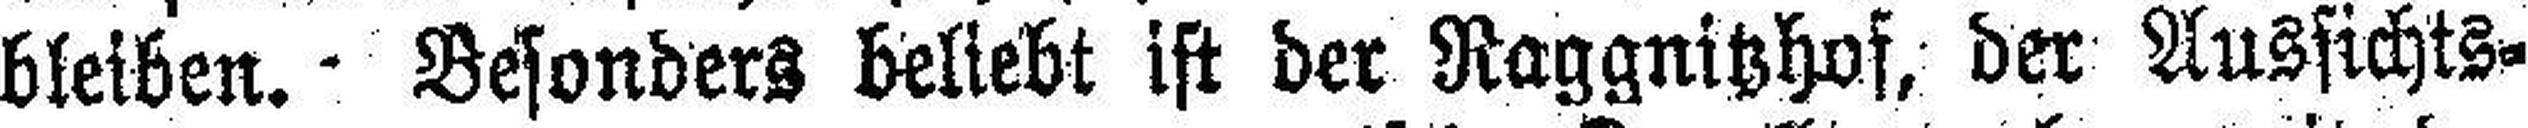
bleiben. Besonders beliebt ist der Raggnitzhof, der Aussichts¬